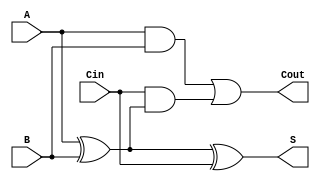
module FullAdder (
    input wire A,     // First input bit
    input wire B,     // Second input bit
    input wire Cin,   // Carry-in bit
    output wire S,    // Sum output
    output wire Cout   // Carry-out output
);

    // Intermediate signals
    wire A_xor_B;     // Result of A XOR B
    wire A_and_B;     // Result of A AND B
    wire Cin_and_A_xor_B; // Result of Cin AND (A XOR B)

    // Sum calculation: S = A XOR B XOR Cin
    assign A_xor_B = A ^ B;           // A XOR B
    assign S = A_xor_B ^ Cin;         // (A XOR B) XOR Cin

    // Carry-out calculation: Cout = (A AND B) OR (Cin AND (A XOR B))
    assign A_and_B = A & B;           // A AND B
    assign Cin_and_A_xor_B = Cin & A_xor_B; // Cin AND (A XOR B)
    assign Cout = A_and_B | Cin_and_A_xor_B; // (A AND B) OR (Cin AND (A XOR B))

endmodule